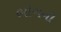
ભોગનો